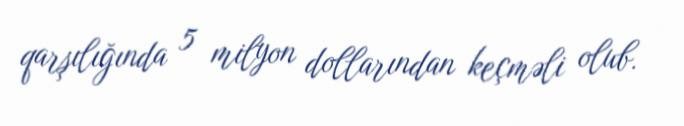
qarşılığında 5 milyon dollarından keçməli olub.